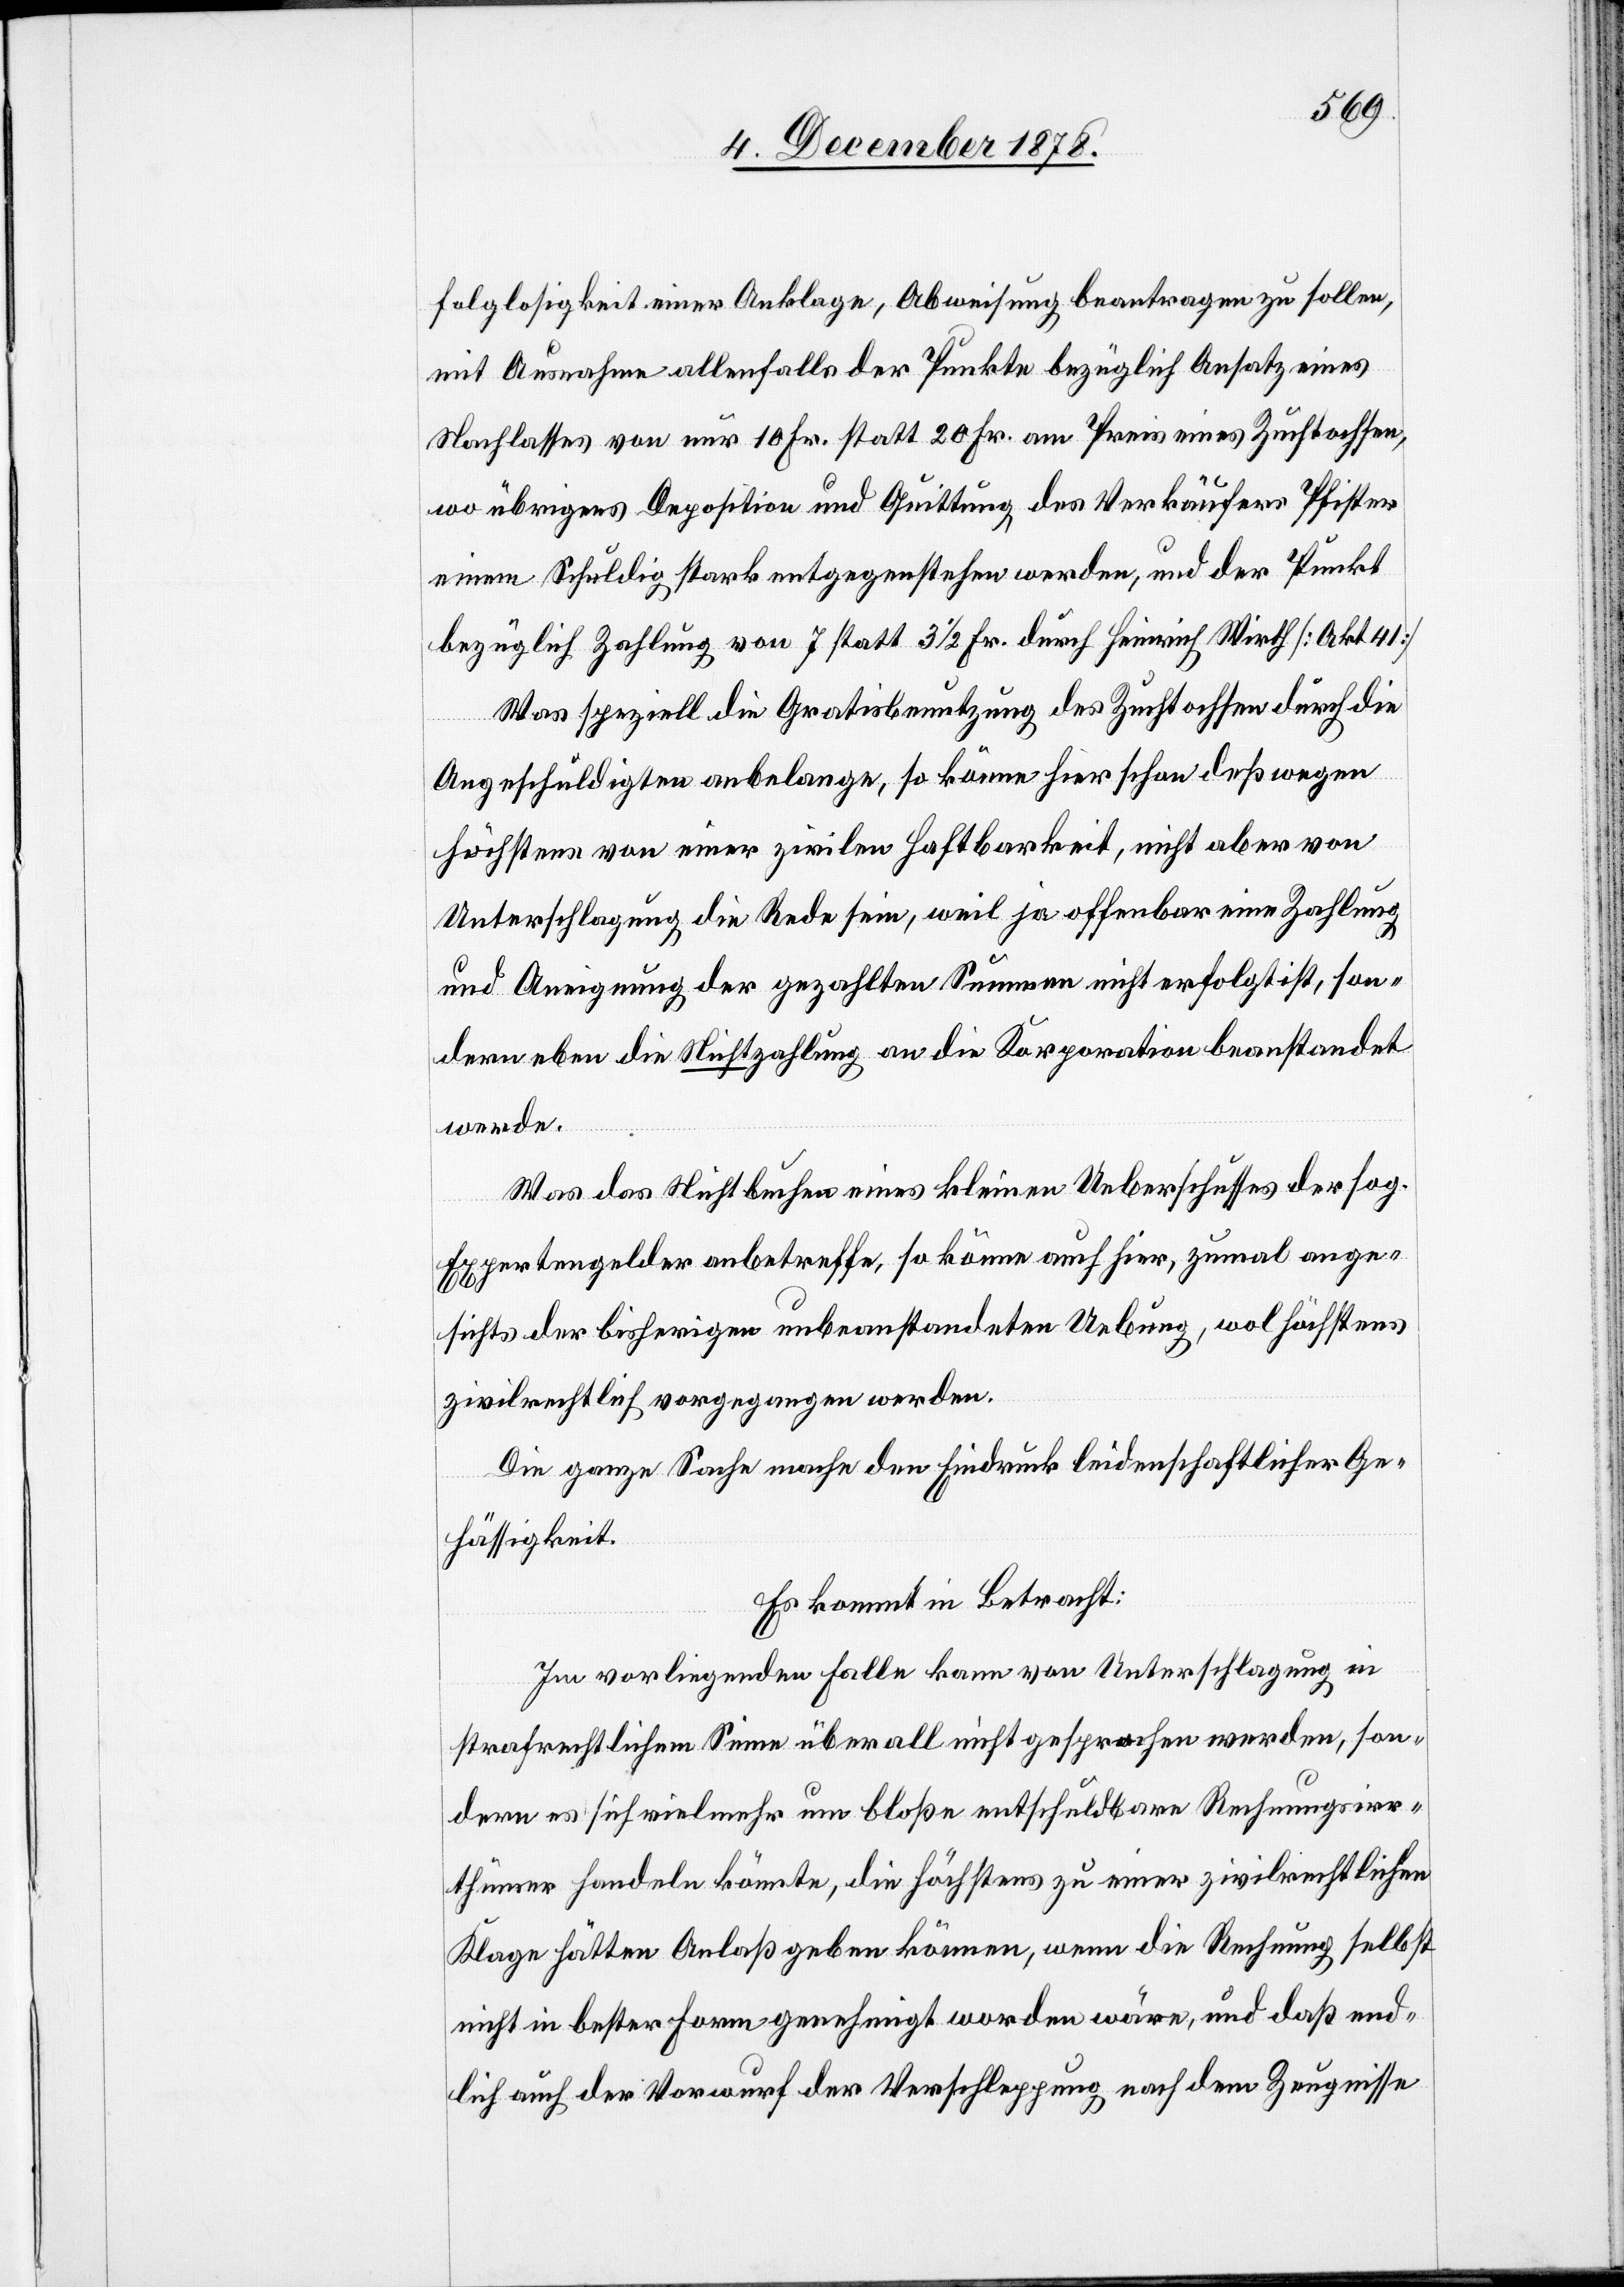
folglosigkeit einer Anklage, Abweisung beantragen zu sollen,
mit Ausnahme allenfalls der Punkte bezüglich Ansatz eines
Nachlasses von nur 10 Fr. statt 20 Fr. am Preis eines Zuchtochsen,
wo übrigens Deposition und Quittung des Verkäufers Pfister
einem Schuldig stark entgegenstehen werden, und der Punkt
bezüglich Zahlung von 7 statt 3 1/2 Fr. durch Heinrich Wirth [Akt. 41]
Was speziell die Gratisbenutzung des Zuchtochsen durch die
Angeschuldigten anbelange, so könne hier schon deßwegen
höchstens von einer zivilen Haftbarkeit, nicht aber von
Unterschlagung die Rede sein, weil ja offenbar eine Zahlung
und Aneignung der gezahlten Summen nicht erfolgt ist, son¬
dern eben die Nichtzahlung an die Korporation beanstandet
werde.
Was das Nichtbuchen eines kleinen Ueberschusses der sog.
Expertengelder anbetreffe, so könne auch hier, zumal ange¬
sichts der bisherigen unbeanstandeten Uebung, wol höchstens
zivilrechtlich vorgegangen werden.
Die ganze Sache mache den Eindruck leidenschaftlicher Ge¬
hässigkeit.
Es kommt in Betracht:
Im vorliegenden Falle kann von Unterschlagung in
strafrechlichem Sinne überall nicht gesprochen werden, son¬
dern es sich vielmehr um bloße entschuldbare Rechnungsirr¬
thümer handeln könnte, die höchstens zu einer zivilrichterlichen
Klage hätten Anlaß geben können, wenn die Rechnung selbst
nicht in bester Form genehmigt worden wäre, und daß end¬
lich auch der Vorwurf der Verschleppung nach dem Zeugnisse